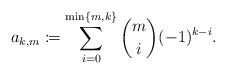
\begin{align*} a_{k,m}\coloneqq\sum_{i=0}^{\min\{m,k\}}\binom{m}{i}(-1)^{k-i}.\end{align*}